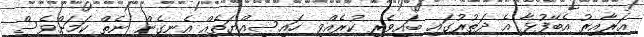
އަރާއިރު އެބޭފުޅާ އެ ދަތުރުގައި ބައިވެރި ކުރެއްވި ހައިސިއްޔަތެއް އެނގެން ނެތް ކަމަށްވެސް